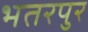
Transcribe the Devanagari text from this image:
भतरपुर